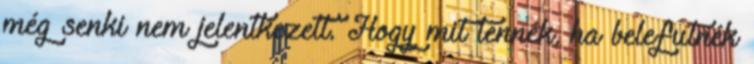
még senki nem jelentkezett. Hogy mit tennék, ha belefutnék